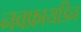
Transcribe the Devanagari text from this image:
नवफ्रायडिन